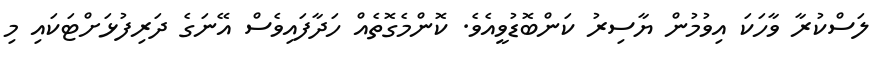
ލަސްކުރާ ވާހަކަ އިވުމުން ޔާސިރު ކަންބޮޑުވީއެވެ. ކޮންމެގޮތެއް ހަދާފައިވެސް އޭނަގެ ދަރިފުޅަށްޓަކައި މި